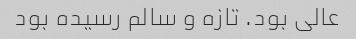
عالی بود. تازه و سالم رسیده بود